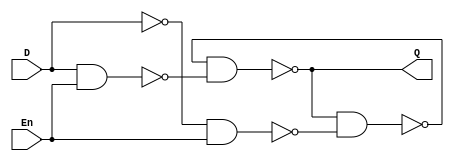
module D_latch(input D, En, output Q);

wire up_input, down_input, nD, Q_bar;
not not_D(nD, D);
nand ul(up_input, D, En);
nand dl(down_input, nD, En);
nand ur(Q, Q_bar, up_input);
nand dr(Q_bar, Q, down_input);
endmodule